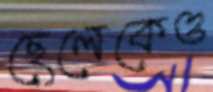
ছেলেকেও